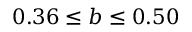
0 . 3 6 \le b \le 0 . 5 0